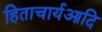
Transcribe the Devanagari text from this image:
हिताचार्यआदि